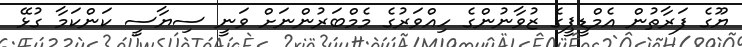
ޔޫގެ ފަރާތުން އެމްޑީޕީގެ ޒުވާނުންގެ ހިއްވަރުގެ މެމްބަރުންނަށް ވަނީ ސިޔާސީ ކަންކަމާ ގުޅޭ